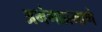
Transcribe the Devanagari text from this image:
अभंगाप्रमाणे